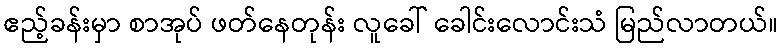
ဧည့်ခန်းမှာ စာအုပ် ဖတ်နေတုန်း လူခေါ် ခေါင်းလောင်းသံ မြည်လာတယ်။